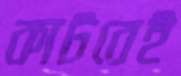
কাটবেই